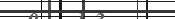
٦٦